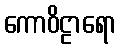
ကောဝိဠာရော